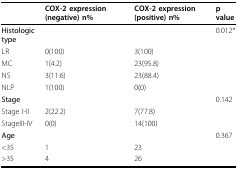
<table><thead><tr><td></td><td><b>COX-2 expression (negative) n%</b></td><td><b>COX-2 expression (positive) n%</b></td><td><b>p value</b></td></tr></thead><tbody><tr><td><b>Histologic type</b></td><td></td><td></td><td>0.012*</td></tr><tr><td>LR</td><td>0(100)</td><td>3(100)</td><td></td></tr><tr><td>MC</td><td>1(4.2)</td><td>23(95.8)</td><td></td></tr><tr><td>NS</td><td>3(11.6)</td><td>23(88.4)</td><td></td></tr><tr><td>NLP</td><td>1(100)</td><td>0(0)</td><td></td></tr><tr><td><b>Stage</b></td><td></td><td></td><td>0.142</td></tr><tr><td>Stage I-II</td><td>2(22.2)</td><td>7(77.8)</td><td></td></tr><tr><td>StageIII-IV</td><td>0(0)</td><td>14(100)</td><td></td></tr><tr><td><b>Age</b></td><td></td><td></td><td>0.367</td></tr><tr><td>&lt;35</td><td>1</td><td>23</td><td></td></tr><tr><td>&gt;35</td><td>4</td><td>26</td><td></td></tr></tbody></table>